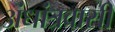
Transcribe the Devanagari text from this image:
अंधांत्रवासी